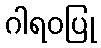
ဂါရဝပြု